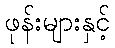
ဖုန်းများနှင့်